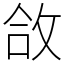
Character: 㪉